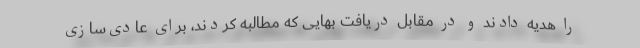
را هدیه دادند و در مقابل دریافت بهایی که مطالبه کردند، برای عادی‌سازی